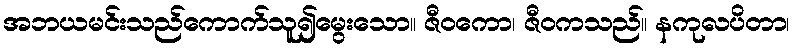
အဘယမင်းသည်ကောက်သူ၍မွေးသော။ ဇီဝကော၊ ဇီဝကသည်။ နကုလပိတာ၊